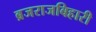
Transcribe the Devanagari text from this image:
ब्रजराजबिहारी